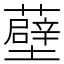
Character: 𧂸